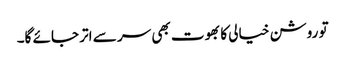
تو روشن خیالی کا بھوت بھی سر سے اتر جائے گا۔